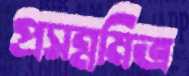
প্রসন্নমিত্র